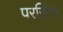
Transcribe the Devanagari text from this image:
परसिंगर